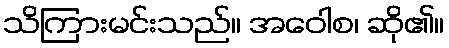
သိကြားမင်းသည်။ အဝေါစ၊ ဆို၏။